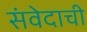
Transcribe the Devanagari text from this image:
संवेदाची